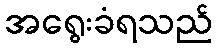
အရွေးခံရသည်